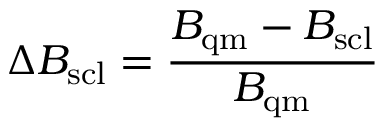
\Delta B _ { \mathrm { s c l } } = \frac { B _ { \mathrm { q m } } - B _ { \mathrm { s c l } } } { B _ { \mathrm { q m } } }